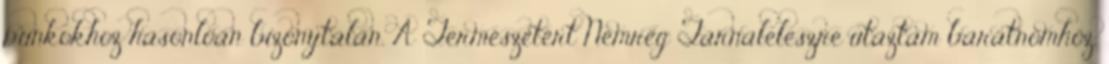
punkokhoz hasonlóan bizonytalan. A Természetért Nemrég Tarnaleleszre utaztam barátnőmhöz,